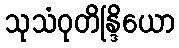
သုသံဝုတိန္ဒြိယော